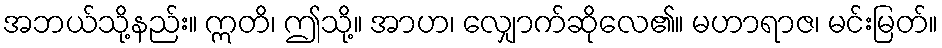
အဘယ်သို့နည်း။ ဣတိ၊ ဤသို့။ အာဟ၊ လျှောက်ဆိုလေ၏။ မဟာရာဇ၊ မင်းမြတ်။